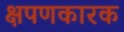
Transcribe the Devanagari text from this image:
क्षपणकारक